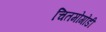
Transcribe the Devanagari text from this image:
चितमोगोंडी